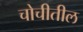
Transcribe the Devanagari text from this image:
चोचीतील